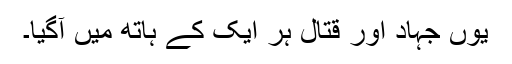
یوں جہاد اور قتال ہر ایک کے ہاتھ میں آگیا۔